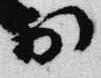
於